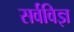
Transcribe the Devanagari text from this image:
सर्वविज्ञ